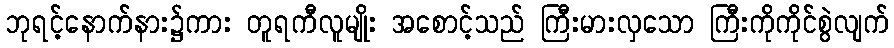
ဘုရင့်နောက်နား၌ကား တူရကီလူမျိုး အစောင့်သည် ကြီးမားလှသော ကြီးကိုကိုင်စွဲလျက်